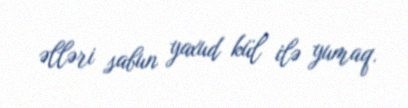
əlləri sabun yaxud kül ilə yumaq.